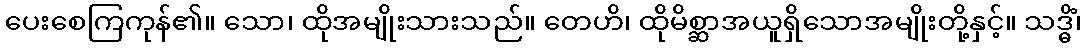
ပေးစေကြကုန်၏။ သော၊ ထိုအမျိုးသားသည်။ တေဟိ၊ ထိုမိစ္ဆာအယူရှိသောအမျိုးတို့နှင့်။ သဒ္ဓိံ၊